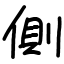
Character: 側